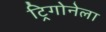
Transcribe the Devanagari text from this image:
ट्रिगोनेला